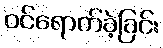
ဝင်ရောက်ခဲ့ခြင်း